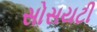
સોસયટી